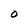
Character: 0